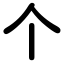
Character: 个